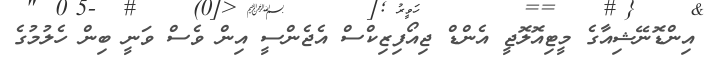
އިންޑޮނޭޝިއާގެ މީޓިއޮލޮޖީ އެންޑް ޖިއޯފިޒިކްސް އެޖެންސީ އިން ވެސް ވަނީ ބިން ހެލުމުގެ